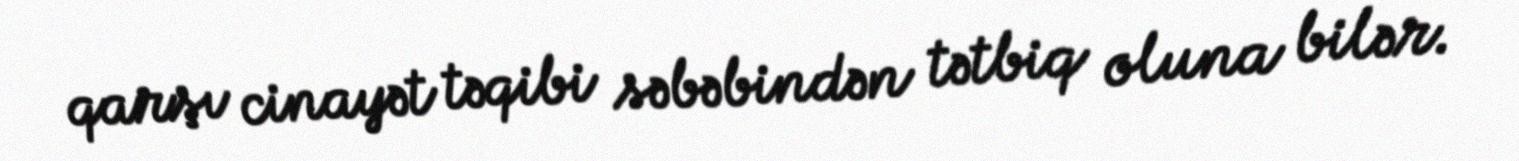
qarşı cinayət təqibi səbəbindən tətbiq oluna bilər.